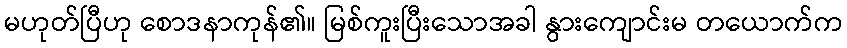
မဟုတ်ပြီဟု စောဒနာကုန်၏။ မြစ်ကူးပြီးသောအခါ နွားကျောင်းမ တယောက်က